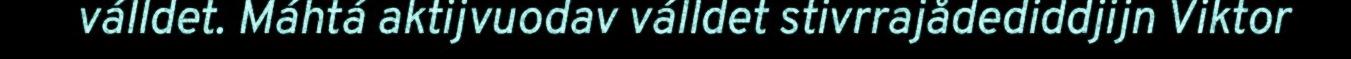
válldet. Máhtá aktijvuodav válldet stivrrajådediddjijn Viktor